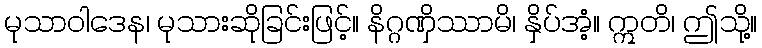
မုသာဝါဒေန၊ မုသားဆိုခြင်းဖြင့်။ နိဂ္ဂဏှိဿာမိ၊ နှိပ်အံ့။ ဣတိ၊ ဤသို့။